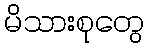
မိသားစုတွေ